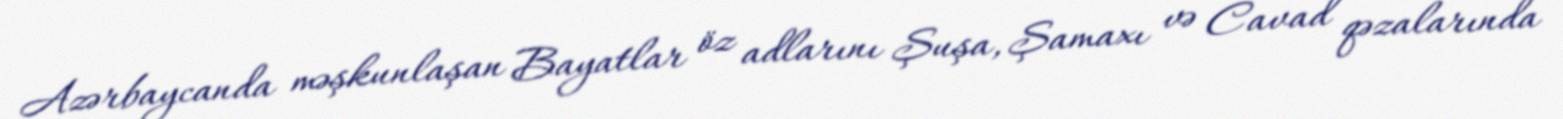
Azərbaycanda məşkunlaşan Bayatlar öz adlarını Şuşa, Şamaxı və Cavad qəzalarında